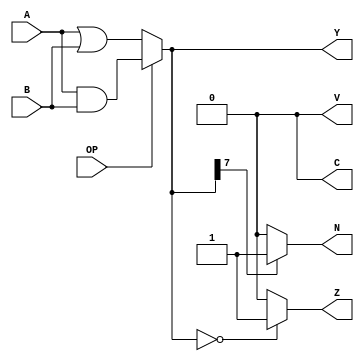
module logical(A,B,OP,Y,C,V,N,Z); // add all inputs and outputs inside parentheses

  // inputs
  input [7:0] A; //A input, 8 bits wide
  input [7:0] B; //B input, 8 bits wide
  input OP; //1 bit input, tells the logical reg to do OR or AND logic
  //if OP is 0, we do OR
  //OP==1, we do AND
  
  // outputs
  output [7:0] Y;
  output C;
  output V;
  output N;
  output Z;
 
  // reg and internal variable definitions
	
  
  assign Y= (OP==1'b1) ? A&B : A|B;
  assign C=  1'b0;
  assign V= 1'b0;
  assign N= (Y[7]==1'b1) ? 1'b1:1'b0;
  assign Z= (Y==8'b00000000) ? 1'b1:1'b0;
  
endmodule